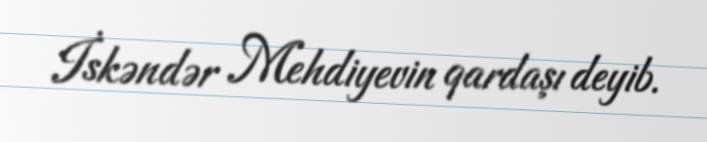
İskəndər Mehdiyevin qardaşı deyib.